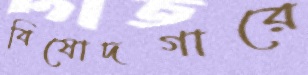
বিষোদগারে